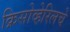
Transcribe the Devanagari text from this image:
क्रिसोव्हेरिलचे